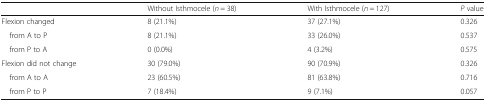
|  | Without Isthmocele (n = 38) | With Isthmocele (n = 127) | P value |
 | --- | --- | --- | --- |
 | Flexion changed | 8 (21.1%) | 37 (27.1%) | 0.326 |
 | from A to P | 8 (21.1%) | 33 (26.0%) | 0.537 |
 | from P to A | 0 (0.0%) | 4 (3.2%) | 0.575 |
 | Flexion did not change | 30 (79.0%) | 90 (70.9%) | 0.326 |
 | from A to A | 23 (60.5%) | 81 (63.8%) | 0.716 |
 | from P to P | 7 (18.4%) | 9 (7.1%) | 0.057 |